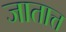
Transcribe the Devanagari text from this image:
जातात्त